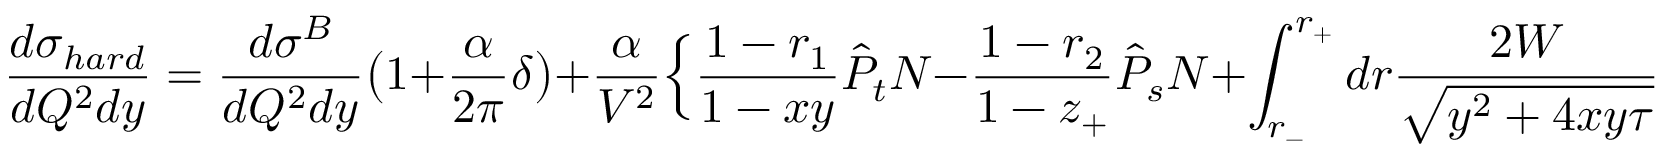
\frac { d \sigma _ { h a r d } } { d Q ^ { 2 } d y } = \frac { d \sigma ^ { B } } { d Q ^ { 2 } d y } \bigl ( 1 + \frac { \alpha } { 2 \pi } \delta \bigr ) + \frac { \alpha } { V ^ { 2 } } \Bigl \{ \frac { 1 - r _ { 1 } } { 1 - x y } \hat { P } _ { t } N - \frac { 1 - r _ { 2 } } { 1 - z _ { + } } \hat { P } _ { s } N + \int _ { r _ { - } } ^ { r _ { + } } d r \frac { 2 W } { \sqrt { y ^ { 2 } + 4 x y \tau } } +